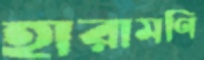
হারামণি